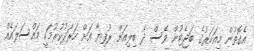
އެގޮތުން މިއަހަރުގެ ބަޖެޓުން ވެސް ދެ ބިލިއަން ރުފިޔާ އަށް ހަރަދުކުރުމަކީ މައްސަލައެއް